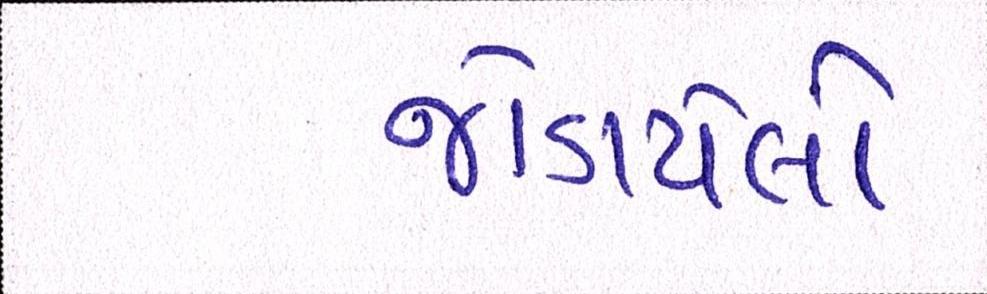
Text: જોડાયેલો